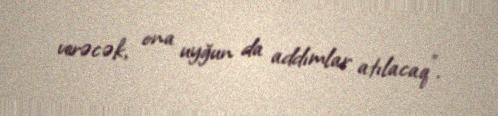
verəcək, ona uyğun da addımlar atılacaq”.